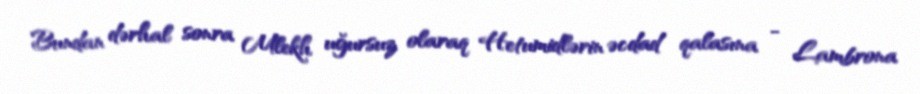
Bundan dərhal sonra Mlekh uğursuz olaraq Hetumidlərin əcdad qalasına - Lambrona